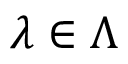
\lambda \in \Lambda